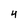
Character: 4